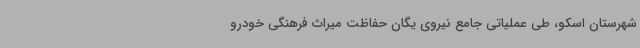
شهرستان اسکو، طی عملیاتی جامع نیروی یگان حفاظت میراث فرهنگی خودرو